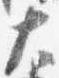
大